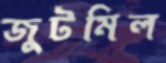
জুটমিল